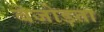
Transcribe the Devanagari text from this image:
बेजोड़ता